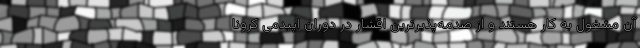
آن مشغول به کار هستند و از صدمه‌پذیرترین اقشار در دوران اپیدمی کرونا